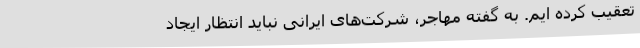
تعقیب کرده ایم. به گفته مهاجر، شرکت‌های ایرانی نباید انتظار ایجاد